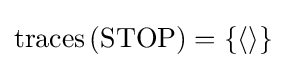
\mathrm {traces} \left(\mathrm {STOP} \right)=\left\{\langle \rangle \right\}